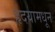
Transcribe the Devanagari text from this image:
हृदयामधून